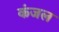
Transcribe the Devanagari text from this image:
कंजल